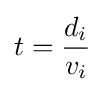
t={\frac {d_{i}}{v_{i}}}